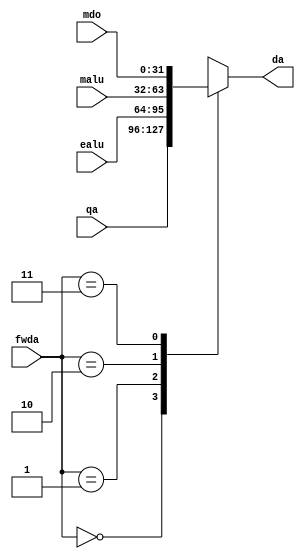
`timescale 1ns / 1ps
//////////////////////////////////////////////////////////////////////////////////
// Company: 
// Engineer: 
// 
// Design Name: 
// Module Name: Fwd_FwdMuxA
// Project Name: 
// Target Devices: 
// Tool Versions: 
// Description: 
// 
// Dependencies: 
// 
// Revision:
// Revision 0.01 - File Created
// Additional Comments:
// 
//////////////////////////////////////////////////////////////////////////////////


module Fwd_FwdMuxA(
    input [1:0] fwda,
    input [31:0] qa,
    input [31:0] ealu,
    input [31:0] malu,
    input [31:0] mdo,
    output reg [31:0] da
    );
    
    always @ (*) begin
        case(fwda)
                2'b00: da <= qa;
                2'b01: da <= ealu;
                2'b10: da <= malu;
                2'b11: da <= mdo;
         endcase
    end
endmodule